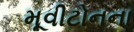
મૂવીટોનના